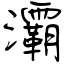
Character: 灞